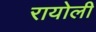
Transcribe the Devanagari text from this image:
रायोली